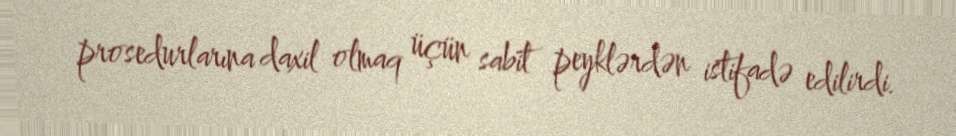
prosedurlarına daxil olmaq üçün sabit peyklərdən istifadə edilirdi.